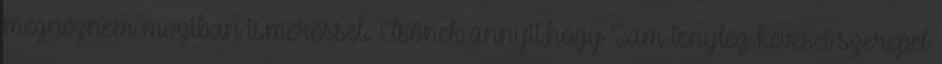
megnéznem moziban ismerőssel. Elsőnek annyit,hogy Sam tenyleg keveset szerepel